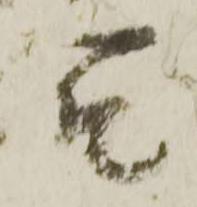
合